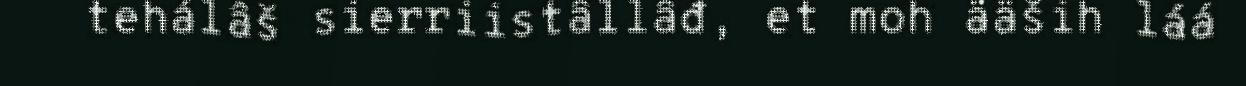
tehálâš sierriistâllâđ, et moh ääših láá